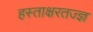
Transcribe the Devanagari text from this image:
हस्ताक्षरतज्ज्ञ